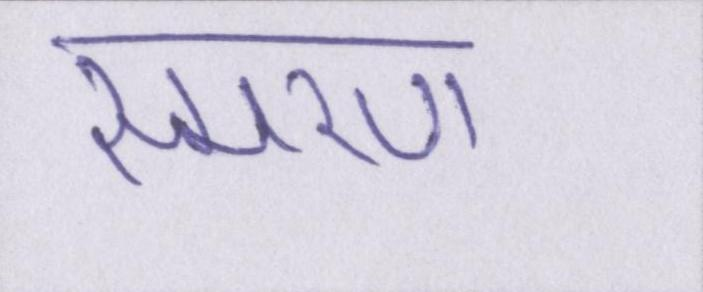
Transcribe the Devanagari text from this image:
स्मरण